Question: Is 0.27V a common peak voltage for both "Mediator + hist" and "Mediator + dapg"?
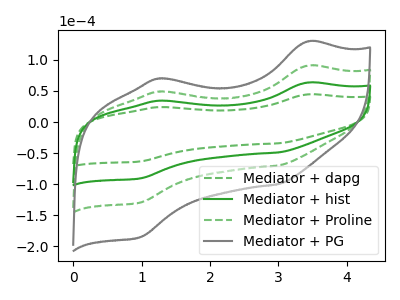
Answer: <think>The green dashed curve "Mediator + dapg" has anodic peaks at (3.45V, 44.45uA) (1.25V, 24.00uA) and cathodic peaks at (3.00V, -34.30uA) (0.95V, -63.55uA). The green curve "Mediator + hist" has anodic peaks at (3.45V, 63.50uA) (1.25V, 34.25uA) and cathodic peaks at (3.00V, -49.00uA) (0.95V, -90.80uA). The green dashed curve "Mediator + Proline" has anodic peaks at (3.45V, 127.05uA) (1.25V, 68.55uA) and cathodic peaks at (3.00V, -98.00uA) (0.95V, -181.65uA). The gray curve "Mediator + PG" has anodic peaks at (3.45V, 190.55uA) (1.25V, 102.80uA) and cathodic peaks at (3.00V, -147.05uA) (0.95V, -272.45uA).</think>
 <answer>No, "Mediator + hist" and "Mediator + dapg" dont share a peak at 0.27V.</answer>
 <eval>mismatch</eval>